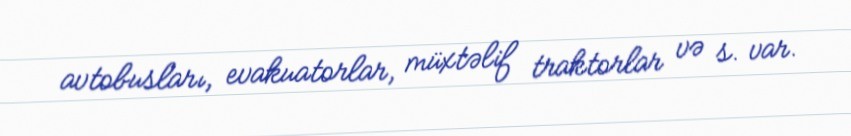
avtobusları, evakuatorlar, müxtəlif traktorlar və s. var.